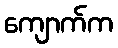
ကျောက်က